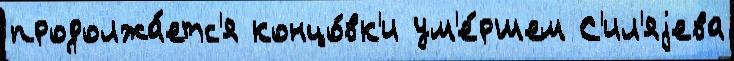
продолжа́етс'я концо́вк'и ум'е́ршем С'ил'яjева